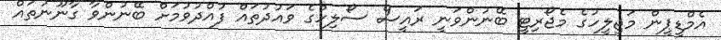
އެމްޑީޕީން މަޖިލީހުގެ މެޖޯރިޓީ ބޭނުންވަނީ ރައީސް ސޯލިހްގެ ވައުދުތައް ފުއްދުވުމަށް ބޭނުންވާ ގާނޫނުތައް